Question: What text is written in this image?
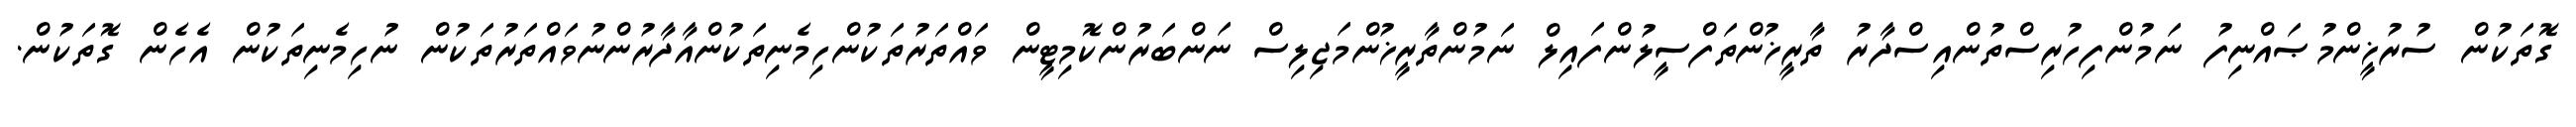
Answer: ގޮތަކުން ސުރުޚީންމުޞައްނިފު ނަމުންފިހުރިސްތުންއިސްދާރު ތާރީޚުންތަފްސީލުންފައިލް ނަމުންތާރީޚުންމަޖިލިސް ނަންބަރުންކޮމިޓީން ވައްތަރުތަކުންހިމެނިތަކުންއާދާރުންނުވައްތަރުތަކުން ނުހިމެނިތަކުން އެހެން ގޮތަކުން.